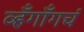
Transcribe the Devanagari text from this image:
व्हँगाँगचं